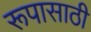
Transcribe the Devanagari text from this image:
रूपासाठी